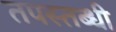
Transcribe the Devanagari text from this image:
तपस्तब्धी